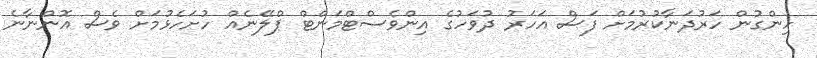
ހިންގުން ހަރުދަނާކުރުމަށް ފަސް އަހަރު ދުވަހުގެ އިންވެސްޓްމަންޓް ޕްލޭނެއް ހުށަހެޅުމަށް ވެސް އޮންނާނެ